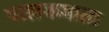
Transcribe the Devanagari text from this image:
पालकमाता